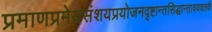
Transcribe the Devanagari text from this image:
प्रमाणप्रमेयसंशयप्रयोजनदृष्टान्तसिद्धान्तावयवतर्क